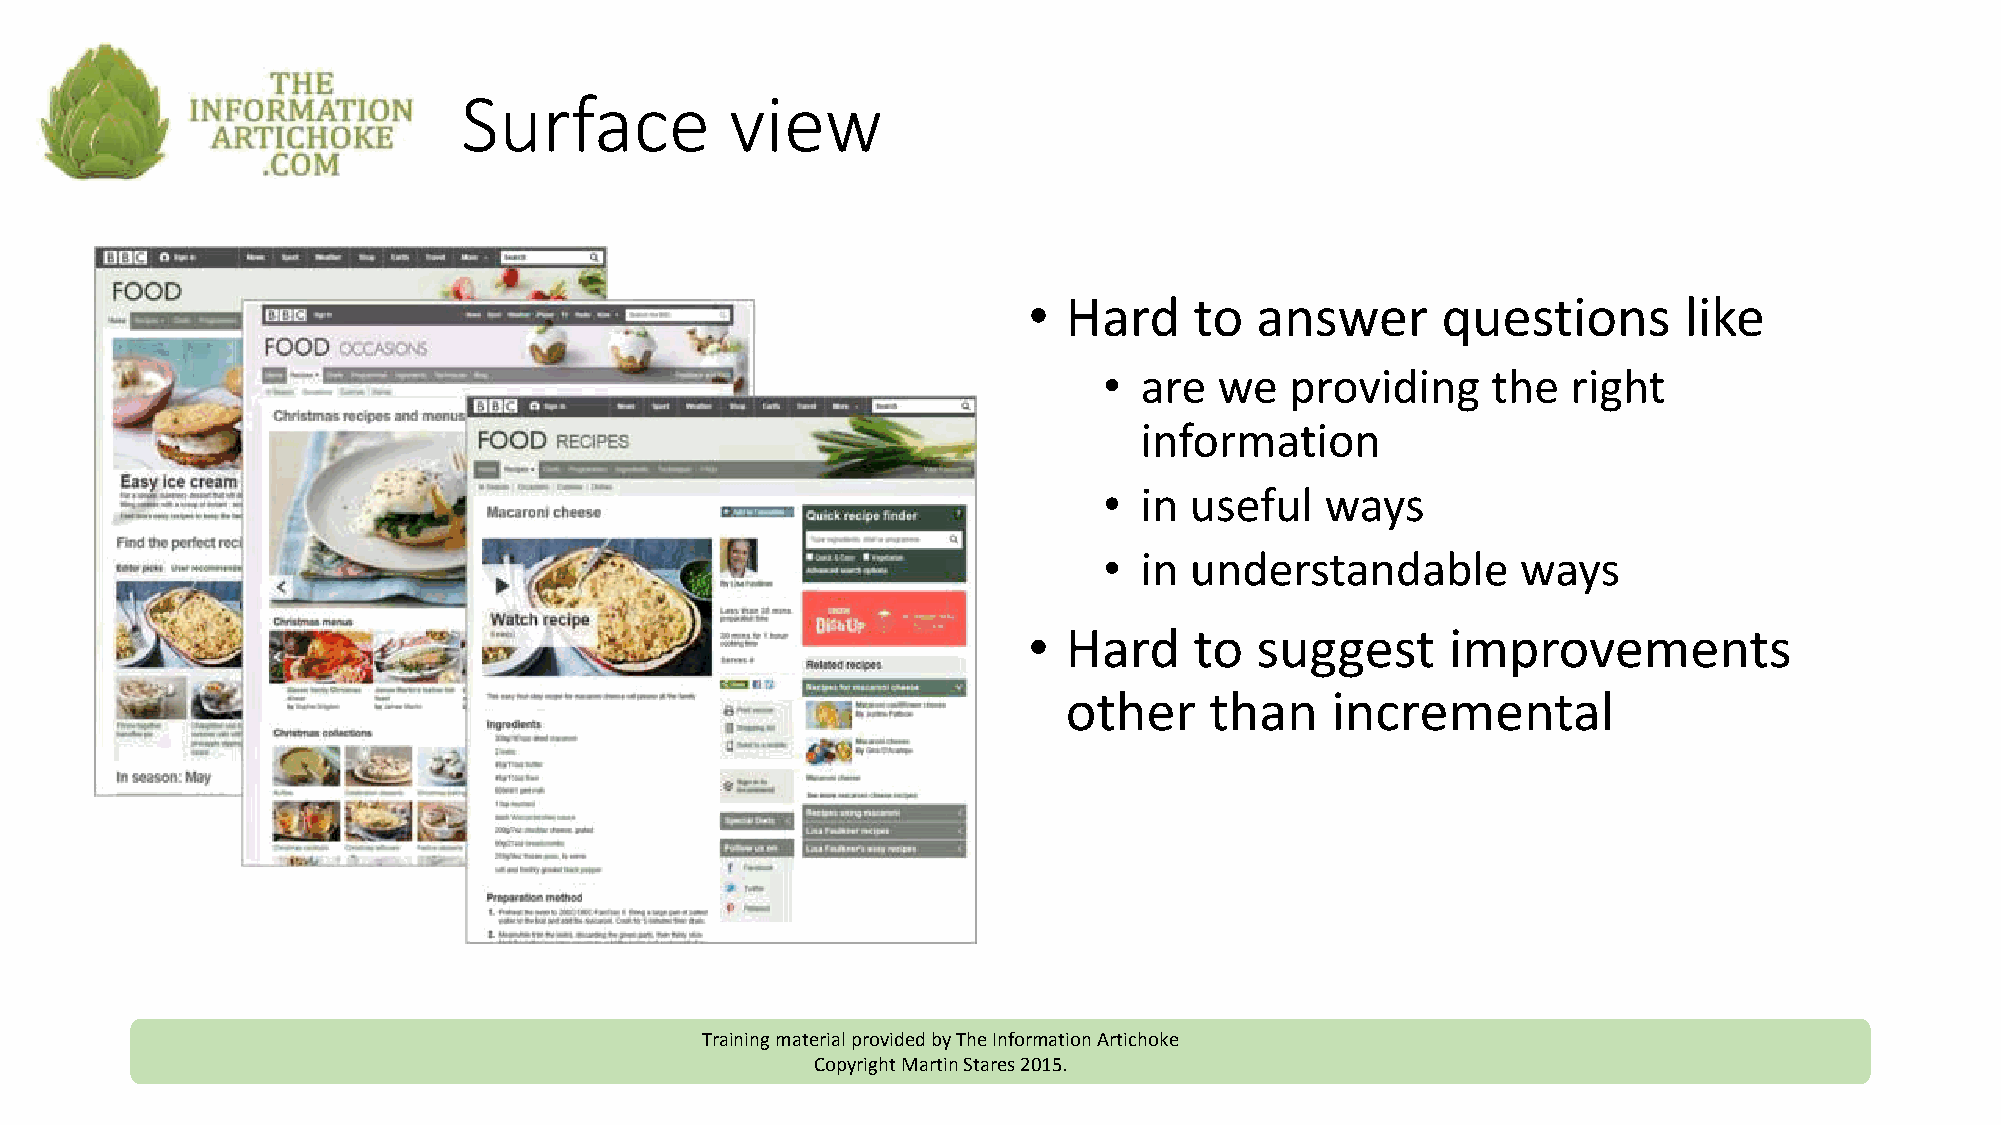
Surface          view
 •  Hard    to  answer      questions       like
 • are   we  providing     the  right
 information
 • in  useful   ways
 • in  understandable        ways
 •  Hard    to  suggest      improvements
 other    than    incremental
 Training material provided by The Information Artichoke
 Copyright Martin Stares 2015.